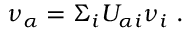
\nu _ { \alpha { \L } } = \Sigma _ { i } U _ { \alpha { i } } \nu _ { i { \L } } \ .